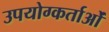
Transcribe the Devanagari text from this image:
उपयोग्कर्ताओं